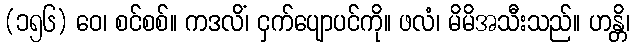
(၁၅၆) ဝေ၊ စင်စစ်။ ကဒလိံ၊ ငှက်ပျောပင်ကို။ ဖလံ၊ မိမိအသီးသည်။ ဟန္တိ၊